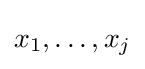
x_{1},\ldots ,x_{j}